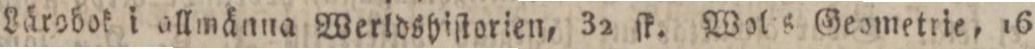
Lärobok i ollmänna Werldshiſtorien, 32 ſk. Wols Geometrie, 16